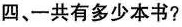
四、一共有多少本书?